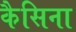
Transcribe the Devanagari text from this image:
कैसिना